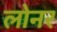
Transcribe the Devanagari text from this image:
लोनर